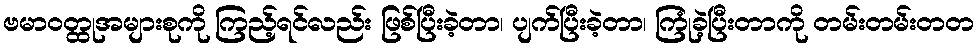
ဗမာဝတ္ထုအများစုကို ကြည့်ရင်လည်း ဖြစ်ပြီးခဲ့တာ၊ ပျက်ပြီးခဲ့တာ၊ ကြုံခဲ့ပြီးတာကို တမ်းတမ်းတတ